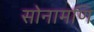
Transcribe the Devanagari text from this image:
सोनामणि